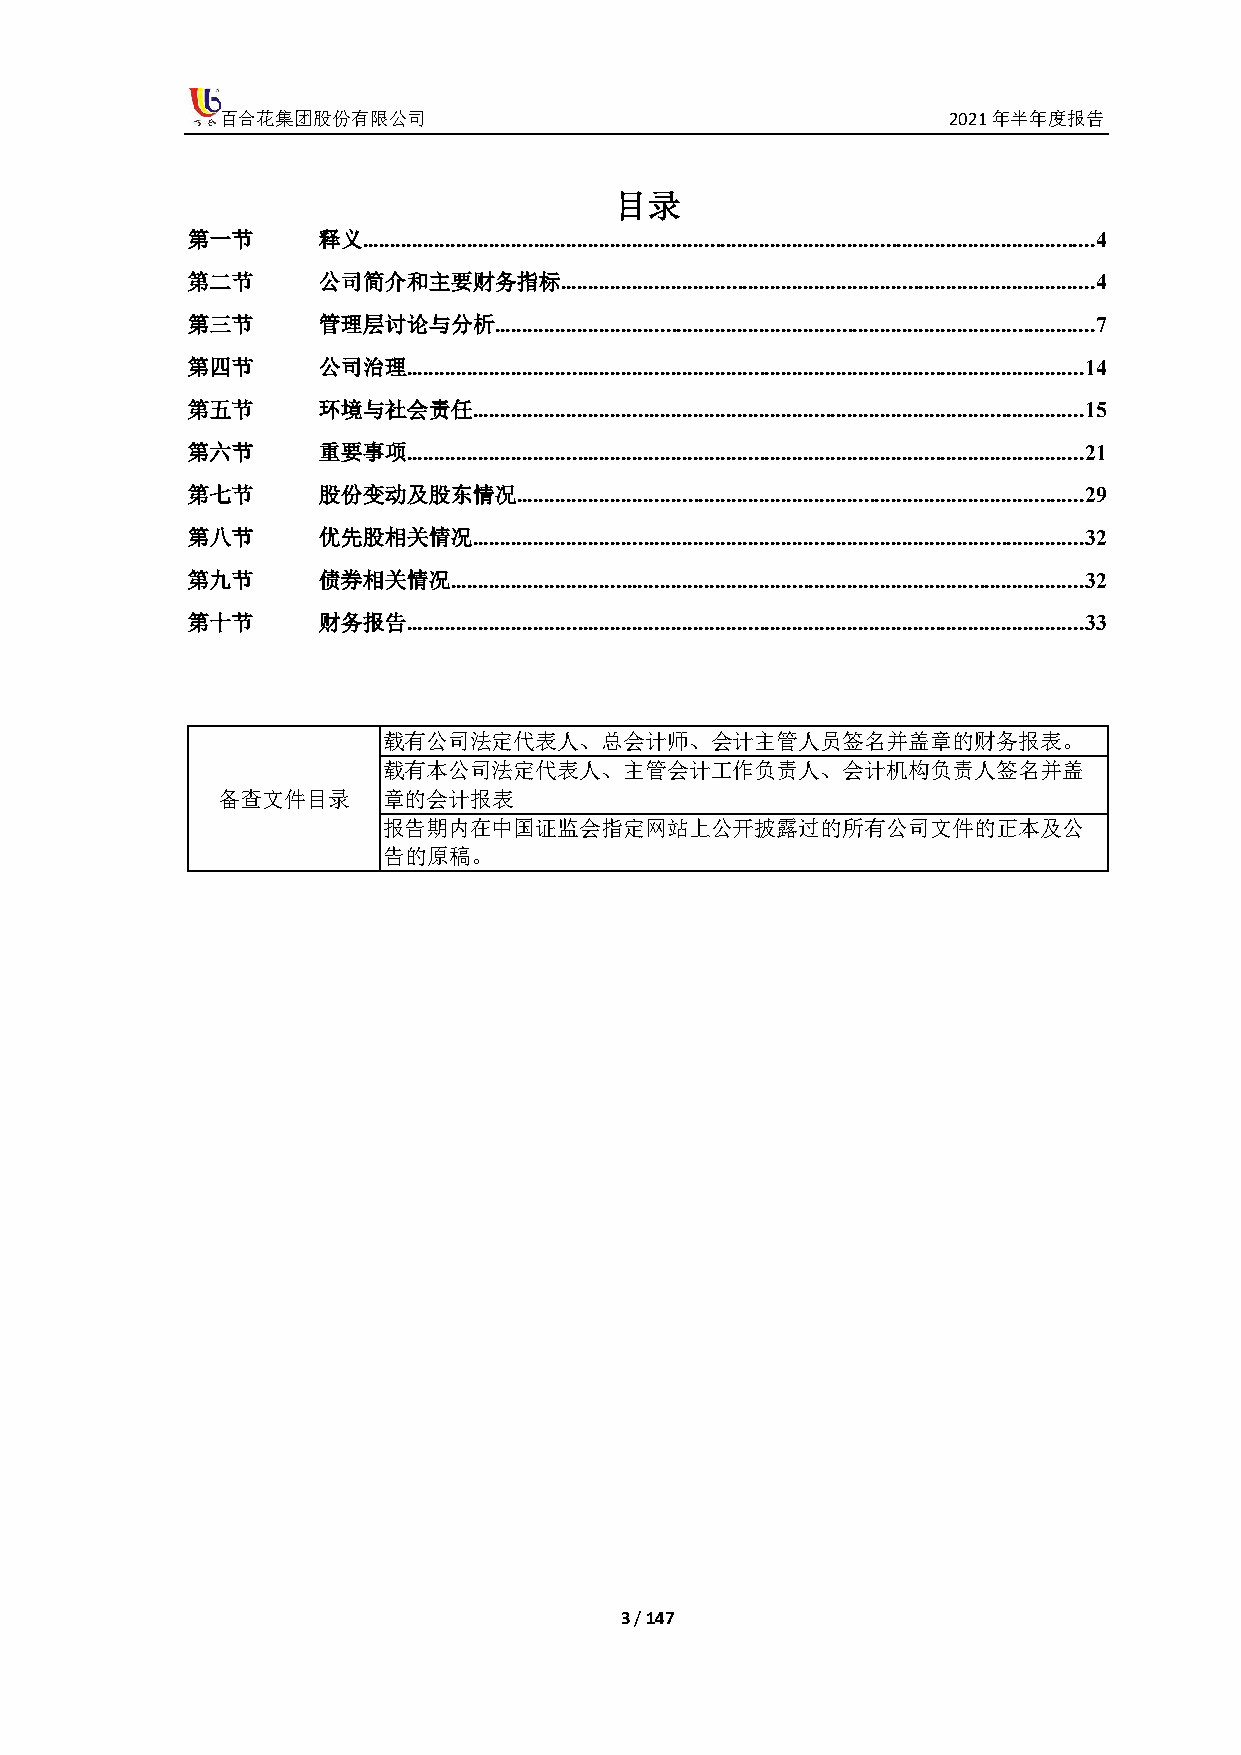
百合花集团股份有限公司                                     2021年半年度报告
 目录
 第一节      释义 ..................................................................................................................................... 4
 第二节      公司简介和主要财务指标     ................................................................................................. 4
 第三节      管理层讨论与分析    ............................................................................................................. 7
 第四节      公司治理  ........................................................................................................................... 14
 第五节      环境与社会责任   ............................................................................................................... 15
 第六节      重要事项  ........................................................................................................................... 21
 第七节      股份变动及股东情况    ....................................................................................................... 29
 第八节      优先股相关情况   ............................................................................................................... 32
 第九节      债券相关情况   ................................................................................................................... 32
 第十节      财务报告  ........................................................................................................................... 33
 载有公司法定代表人、总会计师、会计主管人员签名并盖章的财务报表。
 载有本公司法定代表人、主管会计工作负责人、会计机构负责人签名并盖
 备查文件目录     章的会计报表
 报告期内在中国证监会指定网站上公开披露过的所有公司文件的正本及公
 告的原稿。
 3 / 147